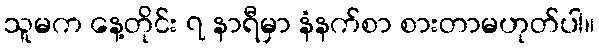
သူမက နေ့တိုင်း ၇ နာရီမှာ နံနက်စာ စားတာမဟုတ်ပါ။